Civil Veterinary Department Bengal reports 1923-33 - 1923-1933
Year: 1923
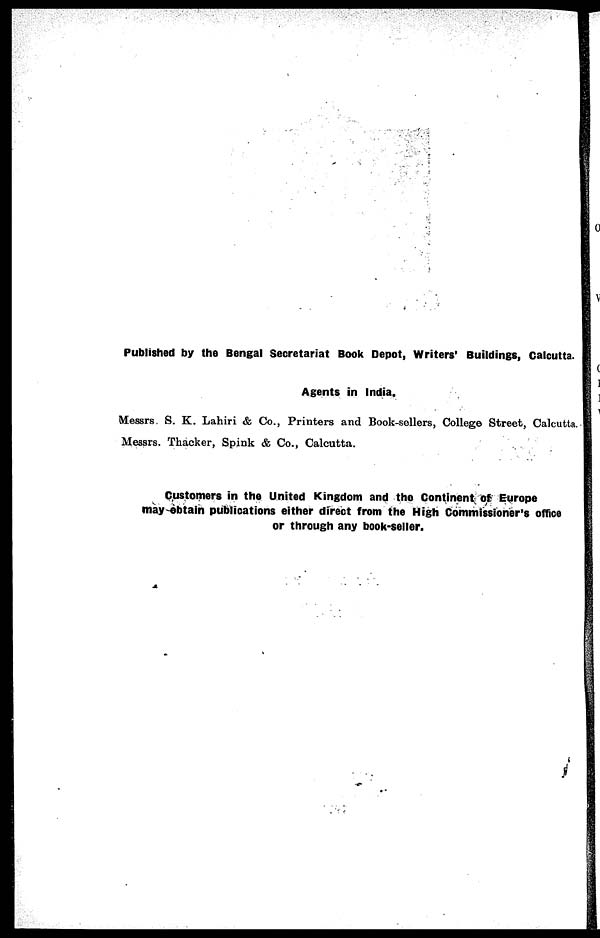
Published by the Bengal Secretariat Book Depot, Writers' Buildings, Calcutta.
Agents in India.
Messrs. S. K. Lahiri & Co., Printers and Book-sollers, College Street, Calcutta.
Messrs. Thacker, Spink & Co., Calcutta.
Customers in the United Kingdom and the Continent of Europe
may obtain publications either direct from the High Commissioner's office
or through any book-seller.